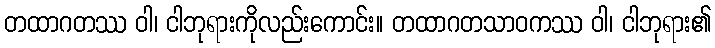
တထာဂတဿ ဝါ၊ ငါဘုရားကိုလည်းကောင်း။ တထာဂတသာဝကဿ ဝါ၊ ငါဘုရား၏